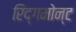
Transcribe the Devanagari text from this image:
रिद्गमोन्ट